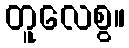
တူလေစွ။